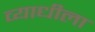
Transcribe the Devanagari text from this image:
व्याधीला